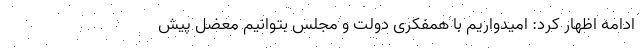
ادامه اظهار کرد: امیدواریم با همفکری دولت و مجلس بتوانیم معضل پیش